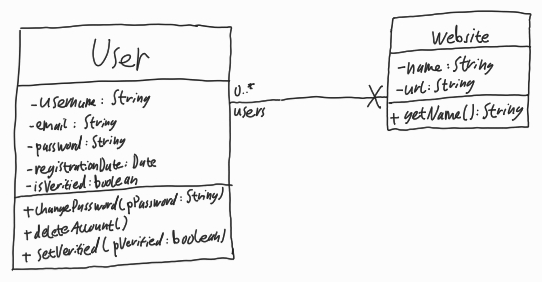
Diagram type: class_diagram
```plantuml
@startuml

class User {
  - username: String
  - email: String
  - password: String
  - registrationDate: Date
  - isVerified: boolean
  + changePassword(pPassword: String)
  + deleteAccount()
  + setVerified(pVerified: boolean)
}

class Website {
  - name: String
  - url: String
  + getName(): String
}

User "users 0..*" --x Website

@enduml
```